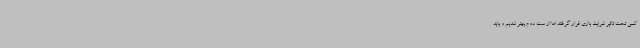
کمی تحت تاثیر شرایط بازی قرار گرفتند اما از ست دوم بهتر شدیم و باید